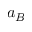
a _ { B }